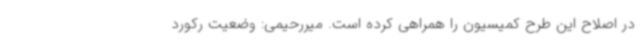
در اصلاح این طرح کمیسیون را همراهی کرده است. میررحیمی: وضعیت رکورد